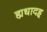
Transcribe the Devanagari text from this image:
ह्यधादहृ